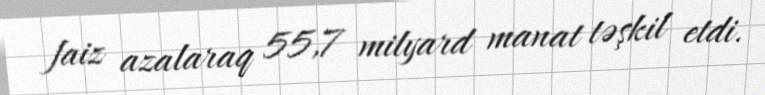
faiz azalaraq 55,7 milyard manat təşkil etdi.